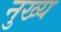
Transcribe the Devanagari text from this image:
नुख्य